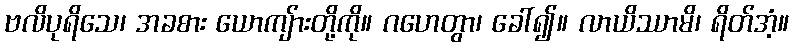
ဗလိပုရိသေ၊ အခစား ယောကျ်ားတို့ကို။ ဂဟေတွာ၊ ခေါ်၍။ လာယိဿာမိ၊ ရိတ်အံ့။